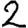
Digit: 2